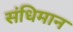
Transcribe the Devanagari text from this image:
संधिमान